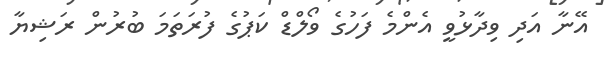
އޭނާ އަދި ވިދާޅުވީ އެންމެ ފަހުގެ ވޯލްޑް ކަޕުގެ ފުރަތަމަ ބުރުން ރަޝިޔާ